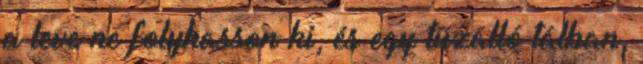
a leve ne folyhasson ki, és egy tűzálló tálban,